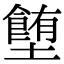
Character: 𡓉